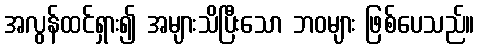
အလွန်ထင်ရှား၍ အများသိပြီးသော ဘဝများ ဖြစ်ပေသည်။